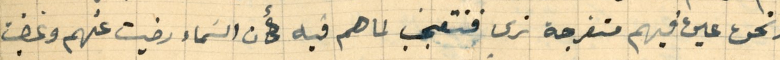
ونحن عين فيهم متفرجة نرى فنتعجب لماهم فيه كأن السَماء رضيت عنهم وغضبت